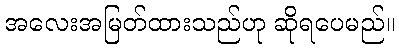
အလေးအမြတ်ထားသည်ဟု ဆိုရပေမည်။